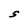
Character: S